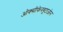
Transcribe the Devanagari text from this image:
ओक्सीफेनबूटाज़ोन